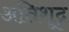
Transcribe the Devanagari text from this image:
अतिशू्द्र